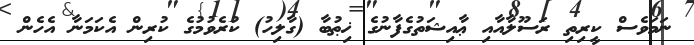
ނަމަވެސް ކީރިތި ރަސޫލާއާއި ޢާއިޝަތުގެފާނުގެ ޚިޠުބާ (ގާލިހު) ކުރެވުމުގެ ކުރިން އެކަމަނާ އެހެން